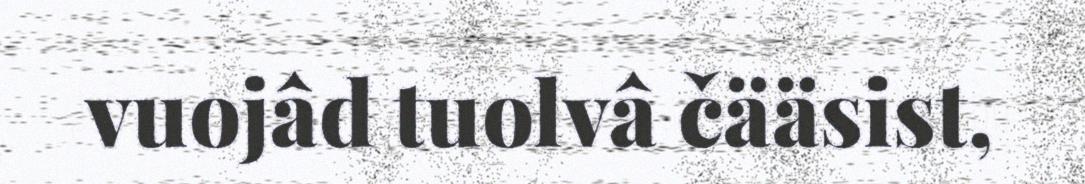
vuojâd tuolvâ čääsist,